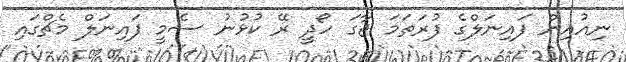
ނިއުއިން ފައިނަލްގެ ފުރަތަމަ ޖާގަ ހޯދީ ރޭ ކުޅުނު ސެމީ ފައިނަލް މެޗްގައި